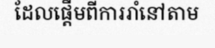
ដែលផ្តើមពីការរាំនៅតាម